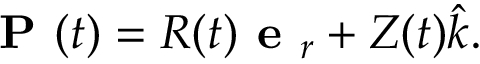
{ \textbf { P } } ( t ) = R ( t ) { \textbf { e } } _ { r } + Z ( t ) { \hat { k } } .